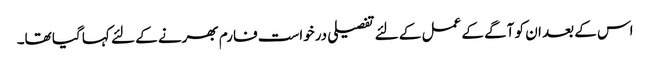
اس کے بعد ان کو آگے کے عمل کے لئے تفصیلی درخواست فارم بھرنے کے لئے کہا گیا تھا۔